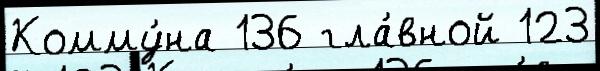
Комму́на 136 гла́вной 123